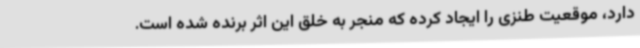
دارد، موقعیت طنزی را ایجاد کرده که منجر به خلق این اثر برنده شده است.